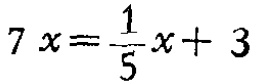
$7x=\frac{1}{5}x + 3$